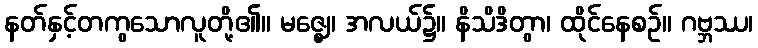
နတ်နှင့်တကွသောလူတို့၏။ မဇ္ဈေ၊ အလယ်၌။ နိသိဒိတွာ၊ ထိုင်နေစဉ်။ ဂဗ္ဘဿ၊